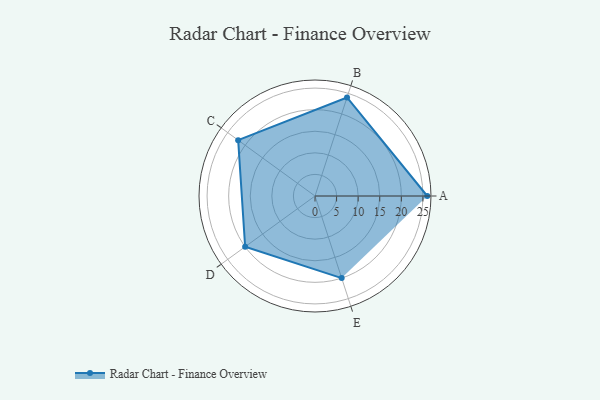
{"axis": {"x": "Skill", "y": "Score"}, "legend": ["Profile"], "data": [{"x": "A", "y": 26.0, "type": "Profile"}, {"x": "B", "y": 24.0, "type": "Profile"}, {"x": "C", "y": 22.0, "type": "Profile"}, {"x": "D", "y": 20, "type": "Profile"}, {"x": "E", "y": 20, "type": "Profile"}]}